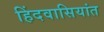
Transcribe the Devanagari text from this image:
हिंदवासियांत